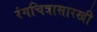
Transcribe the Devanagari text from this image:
रंगचित्रासारखी